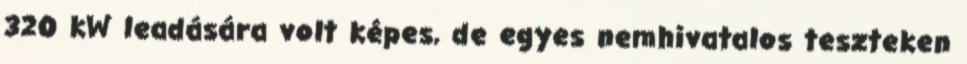
320 kW leadására volt képes, de egyes nemhivatalos teszteken